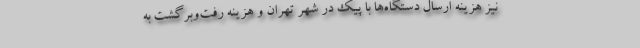
نیز هزینه ارسال دستگاه‌ها با پیک در شهر تهران و هزینه رفت‌وبرگشت به